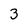
Character: 3